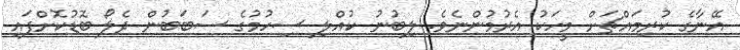
އޭނާގެ ކުރިމައްޗަށް މީހަކު އެރުމުންނެވެ. ލިބުނު ކުއްލި ސިހުމުގެ ސަބަބުން ދެލޯ ބޮޑުކޮށްފައި